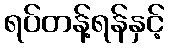
ရပ်တန့်ရန်နှင့်